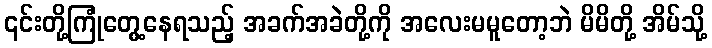
၎င်းတို့ကြုံတွေ့နေရသည့် အခက်အခဲတို့ကို အလေးမမူတော့ဘဲ မိမိတို့ အိမ်သို့